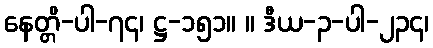
နေတ္တိ-ပါ-၇၄၊ ဋ္ဌ-၁၅၁။ ။ ဒီယ-၃-ပါ-၂၃၄၊